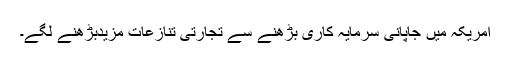
امریکہ میں جاپانی سرمایہ کاری بڑھنے سے تجارتی تنازعات مزیدبڑھنے لگے۔